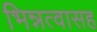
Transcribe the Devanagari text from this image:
भिन्नत्वासह